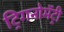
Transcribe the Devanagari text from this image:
ट्रिगनोमॅट्री